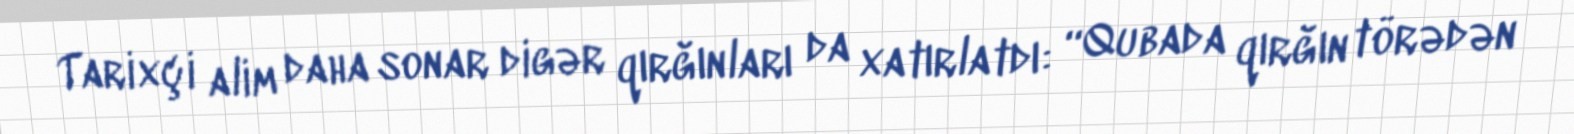
Tarixçi alim daha sonar digər qırğınları da xatırlatdı: “Qubada qırğın törədən